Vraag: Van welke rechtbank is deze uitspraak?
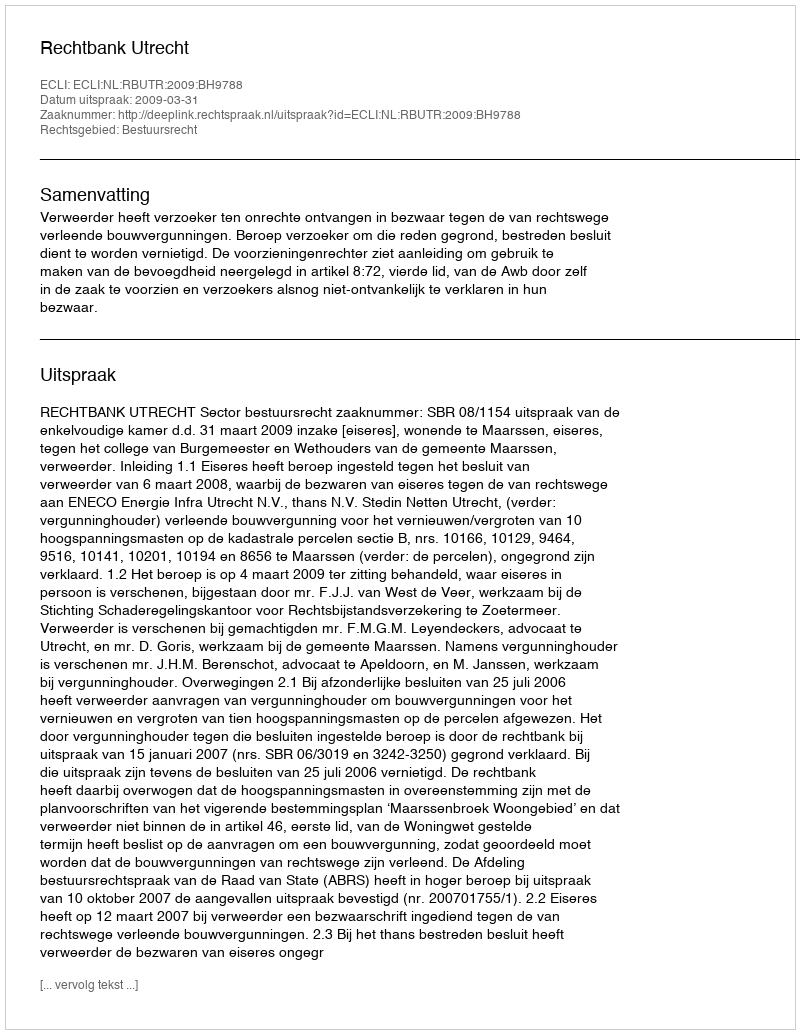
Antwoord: Rechtbank Utrecht